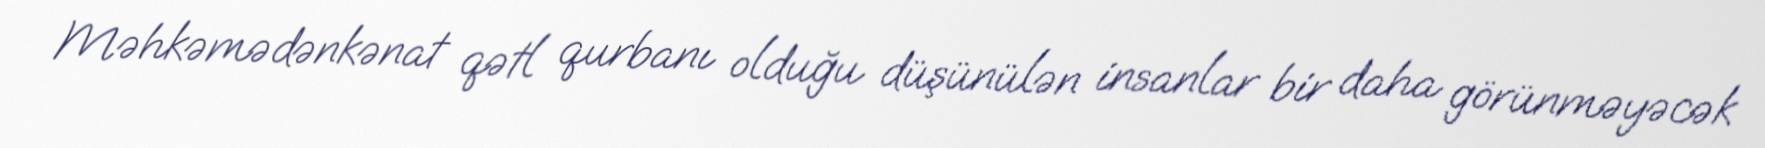
Məhkəmədənkənat qətl qurbanı olduğu düşünülən insanlar bir daha görünməyəcək